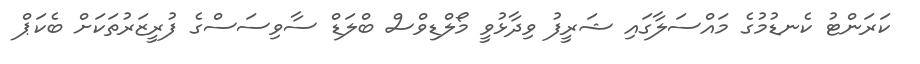
ކަރަންޓު ކެނޑުމުގެ މައްސަލާގައި ޝަރީފު ވިދާޅުވީ މޯލްޑިވްސް ބްލަޑް ސާވިސަސްގެ ފުރީޒަރުތަކަށް ބެކަޕް